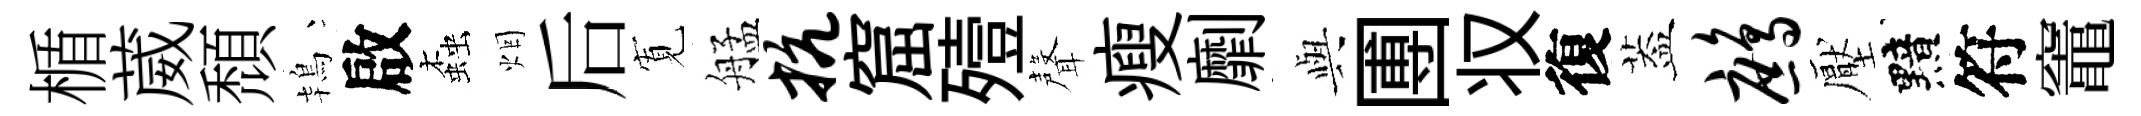
楯葳頹鴇啟螙烟后𡩖艋抗窟殪聲瘦劘𫤰圑𠬧復葢鹧壓黯符竈